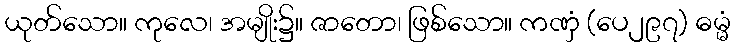
ယုတ်သော။ ကုလေ၊ အမျိုး၌။ ဇာတော၊ ဖြစ်သော။ ကဏှံ (ပေ၂၉၇) ဓမ္မံ